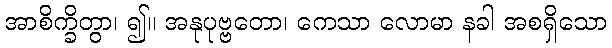
အာစိက္ခိတွာ၊ ၍။ အနုပုဗ္ဗတော၊ ကေသာ လောမာ နခါ အစရှိသော